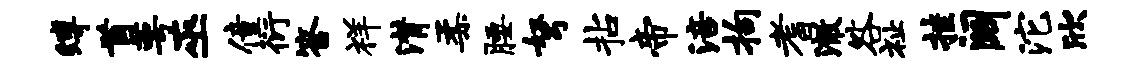
缚首萼巫僮衍答祥潸柔腰弩拈帝涪拘耆澈咎祉挂阔沱欣